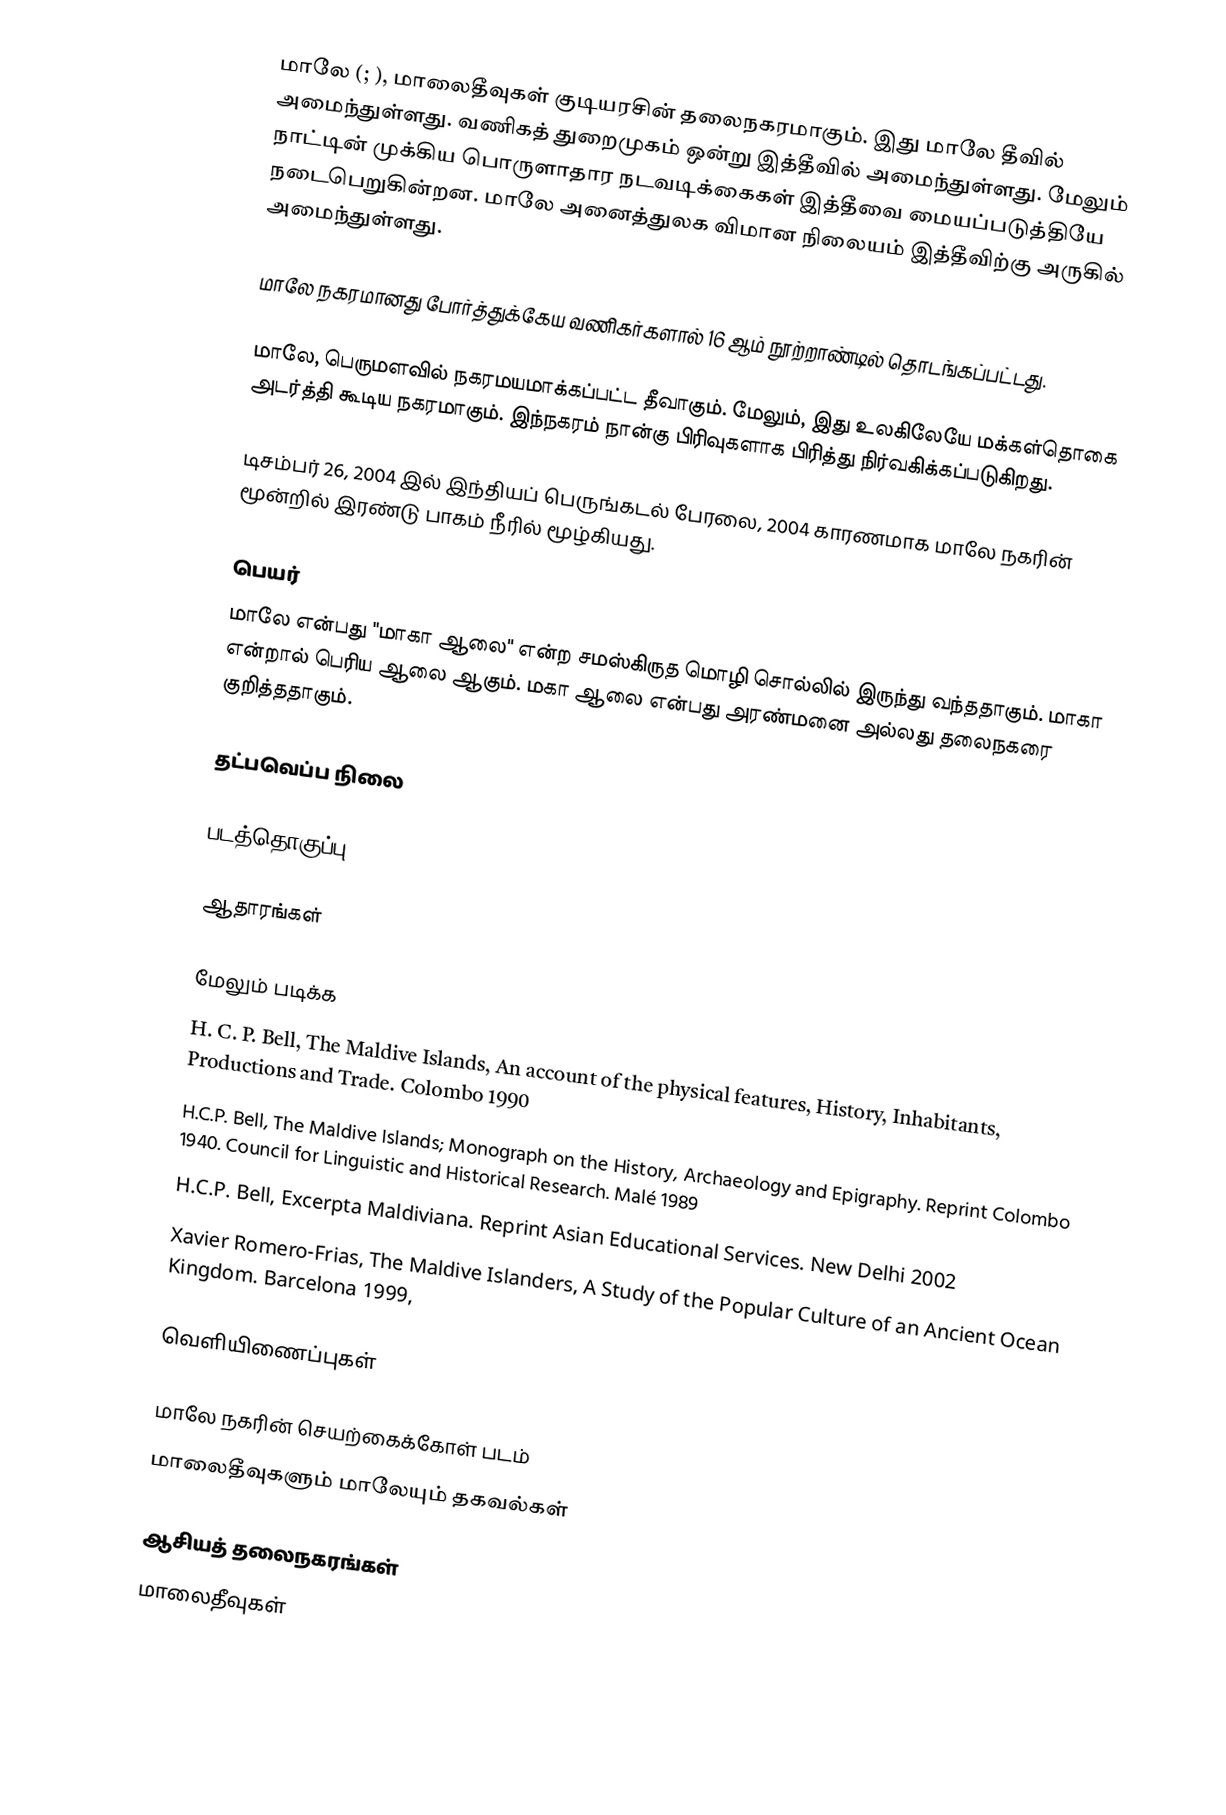
மாலே (; ), மாலைதீவுகள் குடியரசின் தலைநகரமாகும். இது மாலே தீவில் அமைந்துள்ளது. வணிகத் துறைமுகம் ஒன்று இத்தீவில் அமைந்துள்ளது. மேலும் நாட்டின் முக்கிய பொருளாதார நடவடிக்கைகள் இத்தீவை மையப்படுத்தியே நடைபெறுகின்றன. மாலே அனைத்துலக விமான நிலையம் இத்தீவிற்கு அருகில் அமைந்துள்ளது.

மாலே நகரமானது போர்த்துக்கேய வணிகர்களால் 16 ஆம் நூற்றாண்டில் தொடங்கப்பட்டது.

மாலே, பெருமளவில் நகரமயமாக்கப்பட்ட தீவாகும். மேலும், இது உலகிலேயே மக்கள்தொகை அடர்த்தி கூடிய நகரமாகும். இந்நகரம் நான்கு பிரிவுகளாக பிரித்து நிர்வகிக்கப்படுகிறது.

டிசம்பர் 26, 2004 இல் இந்தியப் பெருங்கடல் பேரலை, 2004 காரணமாக மாலே நகரின் மூன்றில் இரண்டு பாகம் நீரில் மூழ்கியது.

பெயர்
மாலே என்பது "மாகா ஆலை" என்ற சமஸ்கிருத மொழி சொல்லில் இருந்து வந்ததாகும். மாகா என்றால் பெரிய ஆலை ஆகும். மகா ஆலை என்பது அரண்மனை அல்லது தலைநகரை குறித்ததாகும்.

தட்பவெப்ப நிலை

படத்தொகுப்பு

ஆதாரங்கள்

மேலும் படிக்க
 H. C. P. Bell, The Maldive Islands, An account of the physical features, History, Inhabitants, Productions and Trade. Colombo 1990
 H.C.P. Bell, The Maldive Islands; Monograph on the History, Archaeology and Epigraphy. Reprint Colombo 1940. Council for Linguistic and Historical Research. Malé 1989
 H.C.P. Bell, Excerpta Maldiviana. Reprint Asian Educational Services.  New Delhi 2002
 Xavier Romero-Frias, The Maldive Islanders, A Study of the Popular Culture of an Ancient Ocean Kingdom. Barcelona 1999,

வெளியிணைப்புகள்

 மாலே நகரின் செயற்கைக்கோள் படம்
 மாலைதீவுகளும் மாலேயும் தகவல்கள்

ஆசியத் தலைநகரங்கள்
மாலைதீவுகள்